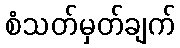
စံသတ်မှတ်ချက်